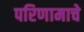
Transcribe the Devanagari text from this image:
परिणामाचे